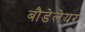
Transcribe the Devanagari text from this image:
बौडेलेयर